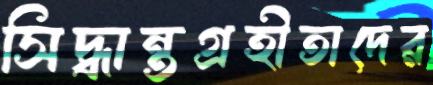
সিদ্ধান্তগ্রহীতাদের